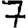
Digit: 7